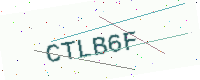
Text: CTLB6F